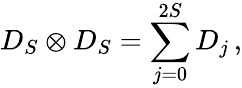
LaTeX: D_{S}\otimes D_{S}=\sum_{j=0}^{2S}D_{j}\, ,